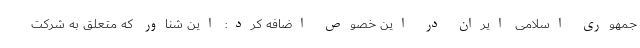
جمهوری اسلامی ایران در این خصوص اضافه کرد: این شناور که متعلق به شرکت